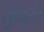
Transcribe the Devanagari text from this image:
सुधारो।